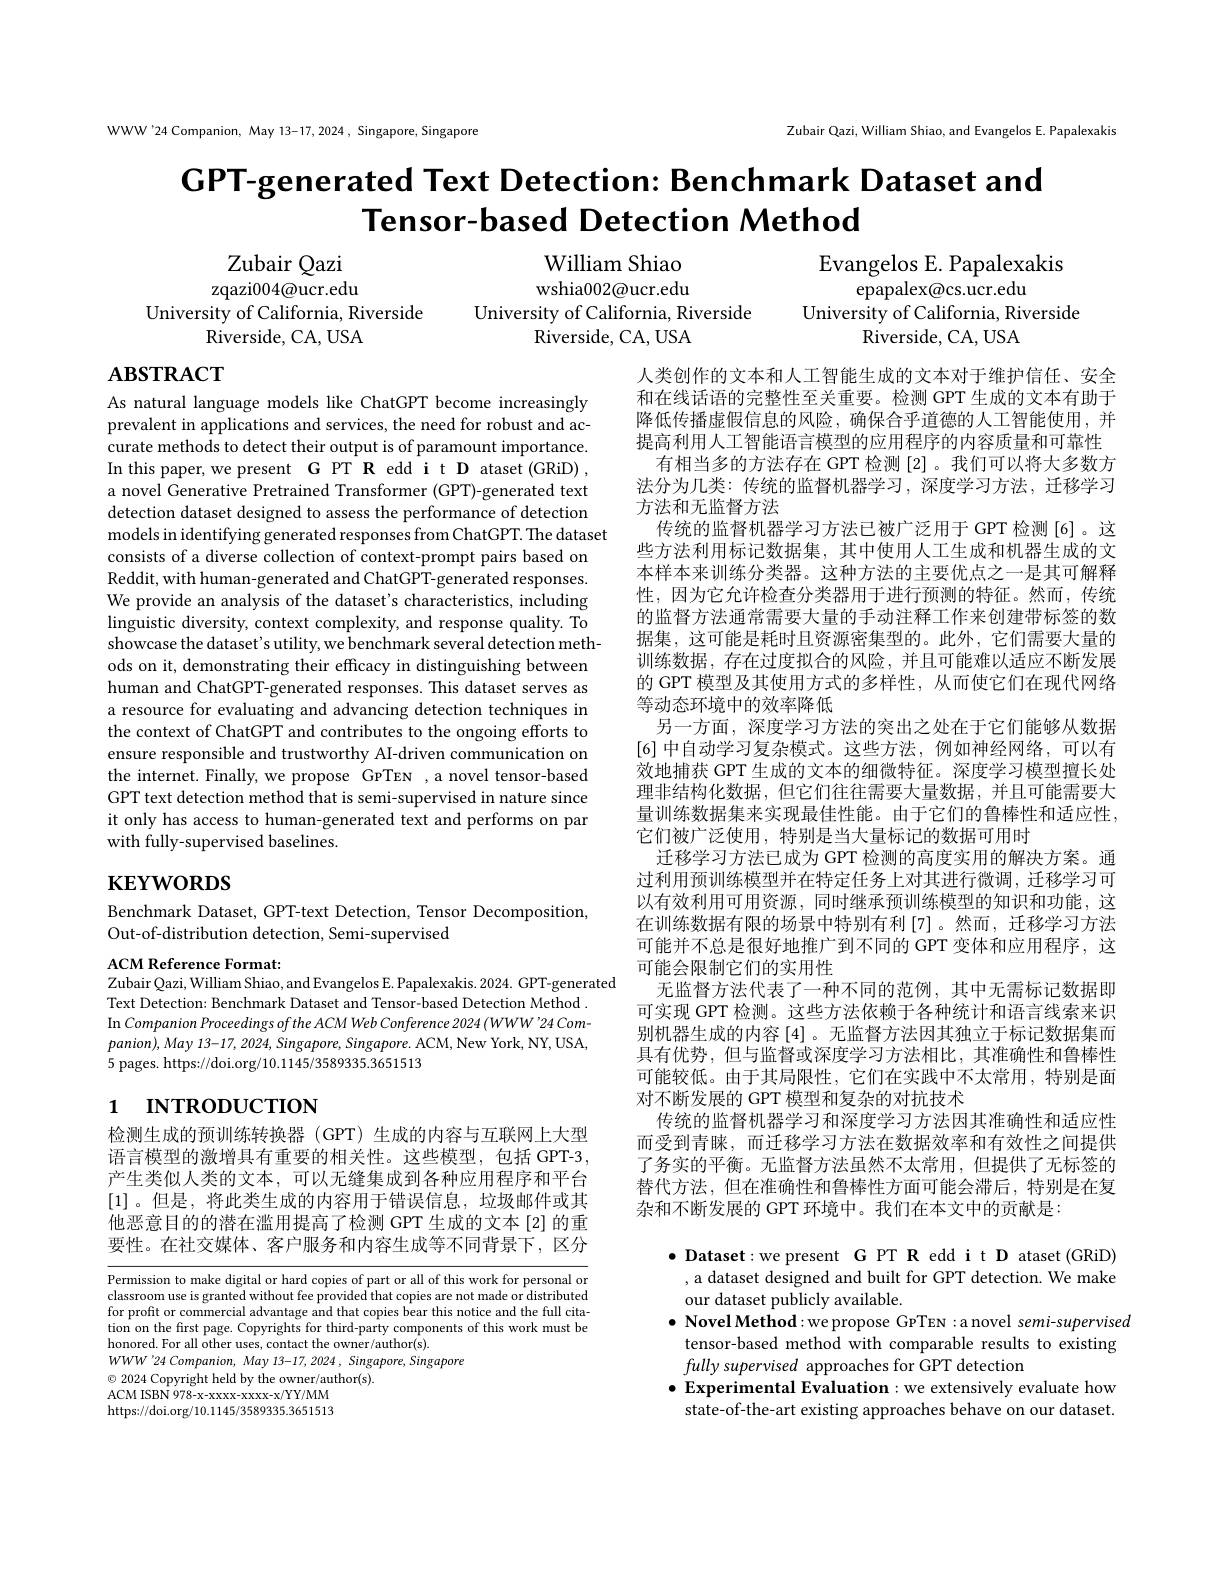
WWW'24 Companion, May 13-17, 2024 , Singapore, Singapore

Zubair Qazi, William Shiao, and Evangelos E. Papalexakis

# $\textbf{GPT- generated Text Detection: Benchmark Dataset and}$ Tensor-based Detection Method

William Shiao

Evangelos E. Papalexakis
${\mathrm{epapalex@cs.ucr.edu}}$
University of California, Riverside
Riverside, CA, USA

Zubair Qazi
zqazi004@ucr.edu
University of California, Riverside
Riverside, CA, USA

wshia002@ucr.edu
University of California, Riverside
Riverside, CA, USA

# $\mathbf{ABSTRACT}$

As natural language models like ChatGPT become increasingly prevalent in applications and services, the need for robust and accurate methods to detect their output is of paramount importance. In this paper, we present G PT R edd i t D ataset (GRiD) , a novel Generative Pretrained Transformer (GPT)-generated text detection dataset designed to assess the performance of detection models in identifying generated responses from ChatGPT. The dataset
consists of a diverse collection of context-prompt pairs based on Reddit, with human-generated and ChatGPT-generated responses. We provide an analysis of the dataset's characteristics, including linguistic diversity, context complexity, and response quality. To showcase the dataset's utility, we benchmark several detection methods on it, demonstrating their efficacy in distinguishing between human and ChatGPT-generated responses. This dataset serves as a resource for evaluating and advancing detection techniques in the context of ChatGPT and contributes to the ongoing efforts to ensure responsible and trustworthy AI-driven communication on the internet. Finally, we propose GPTEN ,a novel tensor-based GPT text detection method that is semi-supervised in nature since it only has access to human-generated text and performs on par with fully-supervised baselines.

人类创作的文本和人工智能生成的文本对于维护信任、安全和在线话语的完整性至关重要。检测 GPT 生成的文本有助于降低传播虚假信息的风险，确保合乎道德的人工智能使用，并提高利用人工智能语言模型的应用程序的内容质量和可靠性
有相当多的方法存在 GPT 检测 [2]。我们可以将大多数方法分为几类：传统的监督机器学习，深度学习方法，迁移学习方法和无监督方法
传统的监督机器学习方法已被广泛用于 GPT 检测[6]。这些方法利用标记数据集，其中使用人工生成和机器生成的文本样本来训练分类器。这种方法的主要优点之一是其可解释性，因为它允许检查分类器用于进行预测的特征。然而，传统的监督方法通常需要大量的手动注释工作来创建带标签的数据集，这可能是耗时且资源密集型的。此外，它们需要大量的训练数据，存在过度拟合的风险，并且可能难以适应不断发展的 GPT 模型及其使用方式的多样性，从而使它们在现代网络等动态环境中的效率降低
另一方面，深度学习方法的突出之处在于它们能够从数据[6]中自动学习复杂模式。这些方法，例如神经网络，可以有效地捕获 GPT 生成的文本的细微特征。深度学习模型擅长处理非结构化数据，但它们往往需要大量数据，并且可能需要大量训练数据集来实现最佳性能。由于它们的鲁棒性和适应性， 它们被广泛使用，特别是当大量标记的数据可用时
迁移学习方法已成为 GPT 检测的高度实用的解决方案。通过利用预训练模型并在特定任务上对其进行微调，迁移学习可以有效利用可用资源，同时继承预训练模型的知识和功能，这在训练数据有限的场景中特别有利[7]。然而，迁移学习方法可能并不总是很好地推广到不同的 GPT 变体和应用程序，这可能会限制它们的实用性
无监督方法代表了一种不同的范例，其中无需标记数据即可实现 GPT 检测。这些方法依赖于各种统计和语言线索来识别机器生成的内容[4] 。无监督方法因其独立于标记数据集而具有优势，但与监督或深度学习方法相比，其准确性和鲁棒性可能较低。由于其局限性，它们在实践中不太常用，特别是面对不断发展的 GPT 模型和复杂的对抗技术
传统的监督机器学习和深度学习方法因其准确性和适应性而受到青睐，而迁移学习方法在数据效率和有效性之间提供了务实的平衡。无监督方法虽然不太常用，但提供了无标签的替代方法，但在准确性和鲁棒性方面可能会滞后，特别是在复杂和不断发展的 GPT 环境中。我们在本文中的贡献是：

# $\mathbf{KEYWORDS}$

Benchmark Dataset, GPT-text Detection, Tensor Decomposition,
Out-of-distribution detection, Semi-supervised

ACM Reference Format:
Zubair Qazi, William Shiao, and Evangelos E. Papalexakis. 2024. GPT-generated

Text Detection: Benchmark Dataset and Tensor-based Detection Method . In Companion Proceedings ofthe ACM Web Conference 2024 (WWW'24 Com- $panion),May13-17,2024,Singapore,Singapore.$ ACM, New York, NY, USA, 5 pages. https://doi.org/10.1145/3589335.3651513

# 1 INTRODUCTION

检测生成的预训练转换器 (GPT) 生成的内容与互联网上大型语言模型的激增具有重要的相关性。这些模型，包括 GPT-3, 产生类似人类的文本，可以无缝集成到各种应用程序和平台[1]。但是，将此类生成的内容用于错误信息，垃圾邮件或其他恶意目的的潜在滥用提高了检测 GPT 生成的文本 [2] 的重要性。在社交媒体、客户服务和内容生成等不同背景下，区分

$\bullet$ Dataset:we present G PT R edd i t D ataset (GRiD) , a dataset designed and built for GPT detection. We make our dataset publicly available.
$\bullet$ Novel Method: we propose GPTEN : a novel semi-supervised tensor-based method with comparable results to existing fully supervised approaches for GPT detection
$\bullet$ Experimental Evaluation : we extensively evaluate how
state-of-the-art existing approaches behave on our dataset.

Permission to make digital or hard copies of part or all of this work for personal or classroom use is granted without fee provided that copies are not made or distributed for profit or commercial advantage and that copies bear this notice and the full citation on the first page. Copyrights for third-party components of this work must be honored. For all other uses, contact the owner/author(s).
$WWW^{\prime}24$ Companion, May 13-17, 2024, Singapore, Singapore
$\odot$ 2024 Copyright held by the owner/author(s).
ACM ISBN 978-x-xxxxx-xxx-x/YY/MM https://doi.org/10.1145/3589335.3651513